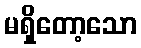
မရှိတော့သော